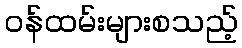
ဝန်ထမ်းများစသည့်